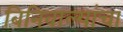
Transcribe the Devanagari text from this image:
बिनिवाल्यांचा